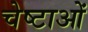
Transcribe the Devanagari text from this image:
चेष्‍टाओं